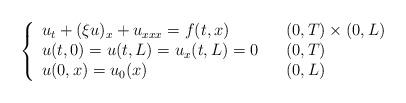
LaTeX: \begin{align*}\left\{\begin{array}[c]{lll}u_{t}+( \xi u) _{x}+u_{xxx}= f( t,x) & &( 0,T) \times( 0,L) \\u( t,0) =u( t,L) =u_{x}( t,L) =0 & &( 0,T) \\u( 0,x) =u_{0}( x) & & (0,L) \end{array}\right. \end{align*}